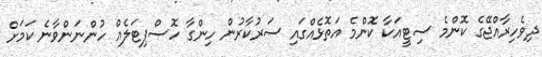
ދިވެހިރާއްޖޭގެ ކޮންމެ ސިޓީއަކާ ކޮންމެ އަތޮޅެއްގައި ސަރުކާރުން ހިންގާ ހޮސްޕިޓަލެއް ހުންނަންވާނެ ކަމަށް